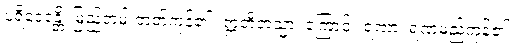
ပရိဒေဝန္တိ၊ မြည်တမ်းတတ်ကုန်၏။ ဣတိတသ္မာ၊ ကြောင့်။ ရဏာ၊ ရဏမည်ကုန်၏။